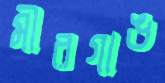
মীরগাঙ